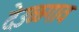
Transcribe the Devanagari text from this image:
देउळगाव